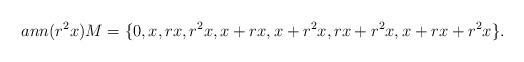
LaTeX: \begin{align*}ann(r^2x)M = \{0, x, rx, r^{2}x, x + rx, x + r^{2}x, rx + r^{2}x, x + rx + r^{2}x\}. \end{align*}